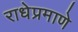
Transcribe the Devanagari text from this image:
राधेप्रमाणे